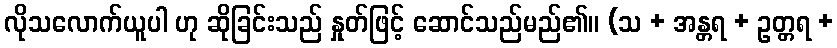
လိုသလောက်ယူပါ ဟု ဆိုခြင်းသည် နှုတ်ဖြင့် ဆောင်သည်မည်၏။ (သ + အန္တရ + ဥတ္တရ +